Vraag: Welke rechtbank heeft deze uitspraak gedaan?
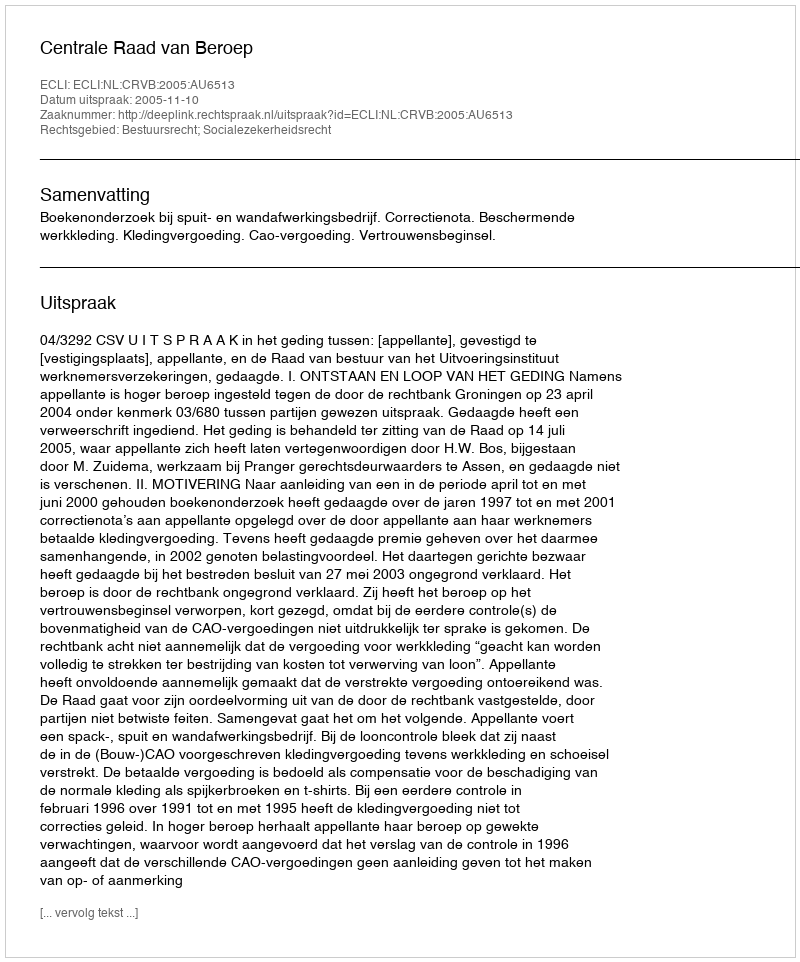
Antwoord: Centrale Raad van Beroep